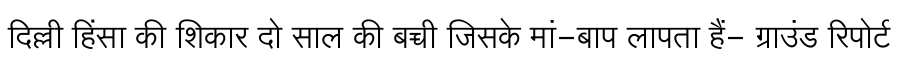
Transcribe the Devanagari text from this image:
दिल्ली हिंसा की शिकार दो साल की बच्ची जिसके मां-बाप लापता हैं- ग्राउंड रिपोर्ट